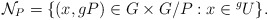
\begin{align*} \mathcal{N}_{P} = \{(x, gP)\in G\times G/P: x \in {}^gU\}.\end{align*}